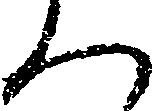
ん